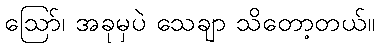
ဩော်၊ အခုမှပဲ သေချာ သိတော့တယ်။